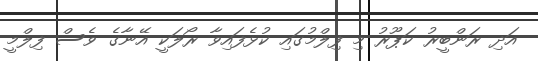
އަދި ރަންބީރު ކަޕޫރު މި ފިލްމުގައި ކުޅެފައިވާ ރޯލަކީ އޭނާގެ ވެސް ފިލްމީ